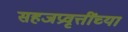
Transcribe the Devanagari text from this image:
सहजप्रवृत्तींच्या